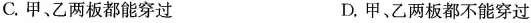
C.甲、乙两板都能穿过 D.甲、乙两板都不能穿过